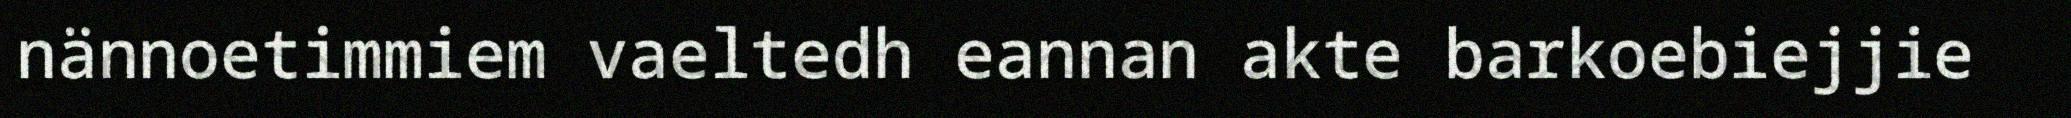
nännoetimmiem vaeltedh eannan akte barkoebiejjie